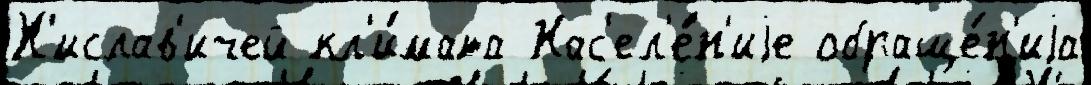
Х'ислав'ичей кл'и́мата Нас'ел'е́н'иjе обраще́н'иjа